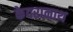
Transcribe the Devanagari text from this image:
केदरानाथ